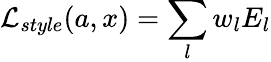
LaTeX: \mathcal{L}_{style}(a,x)=\sum_{l}w_{l}E_{l}